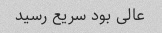
عالی بود سریع رسید